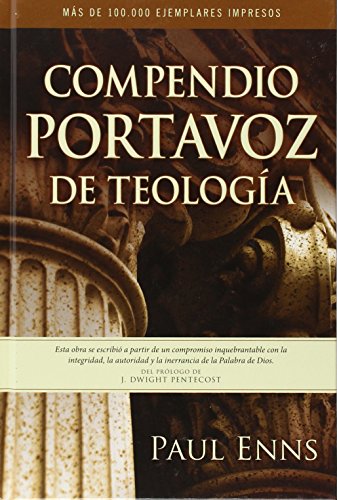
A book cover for Compendio Portavoz de teologia (Spanish Edition); Paul Enns; Christian Books & Bibles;